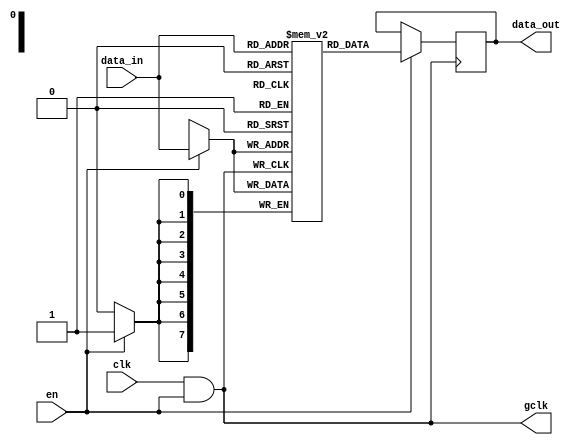
module clock_gating_memory (
    input wire clk,       // Main clock signal
    input wire en,        // Enable signal
    input wire [7:0] data_in,  // Data input for the memory block
    output reg [7:0] data_out,  // Data output from the memory block
    output wire gclk       // Gated clock signal
);

    // Generate gated clock signal using AND gate
    assign gclk = clk & en;  // Gated clock is the AND of clk and en

    // Memory block internal storage (example size 256x8)
    reg [7:0] memory [0:255]; 

    // Read/Write operations controlled by the gated clock
    always @(posedge gclk) begin
        if (en) begin
            // Example write operation
            memory[data_in[7:0]] <= data_in;
            // Example read operation
            data_out <= memory[data_in[7:0]];
        end
    end

endmodule